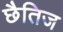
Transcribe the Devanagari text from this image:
छैतिज